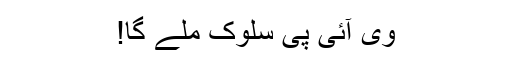
وی آئی پی سلوک ملے گا!